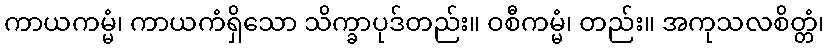
ကာယကမ္မံ၊ ကာယကံရှိသော သိက္ခာပုဒ်တည်း။ ဝစီကမ္မံ၊ တည်း။ အကုသလစိတ္တံ၊